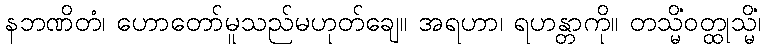
နဘဏိတံ၊ ဟောတော်မူသည်မဟုတ်ချေ။ အရဟာ၊ ရဟန္တာကို။ တသ္မိံဝတ္ထုသ္မိံ၊